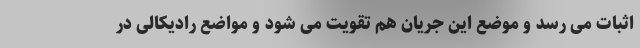
اثبات می رسد و موضع این جریان هم تقویت می شود و مواضع رادیکالی در